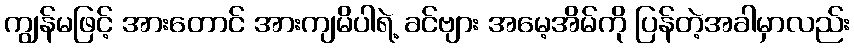
ကျွန်မဖြင့် အားတောင် အားကျမိပါရဲ့ ခင်ဗျား အမေ့အိမ်ကို ပြန်တဲ့အခါမှာလည်း